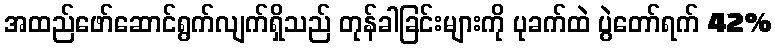
အထည်ဖော်ဆောင်ရွက်လျက်ရှိသည် တုန်ခါခြင်းများကို ပုခက်ထဲ ပွဲတော်ရက် 42%